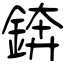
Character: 錛